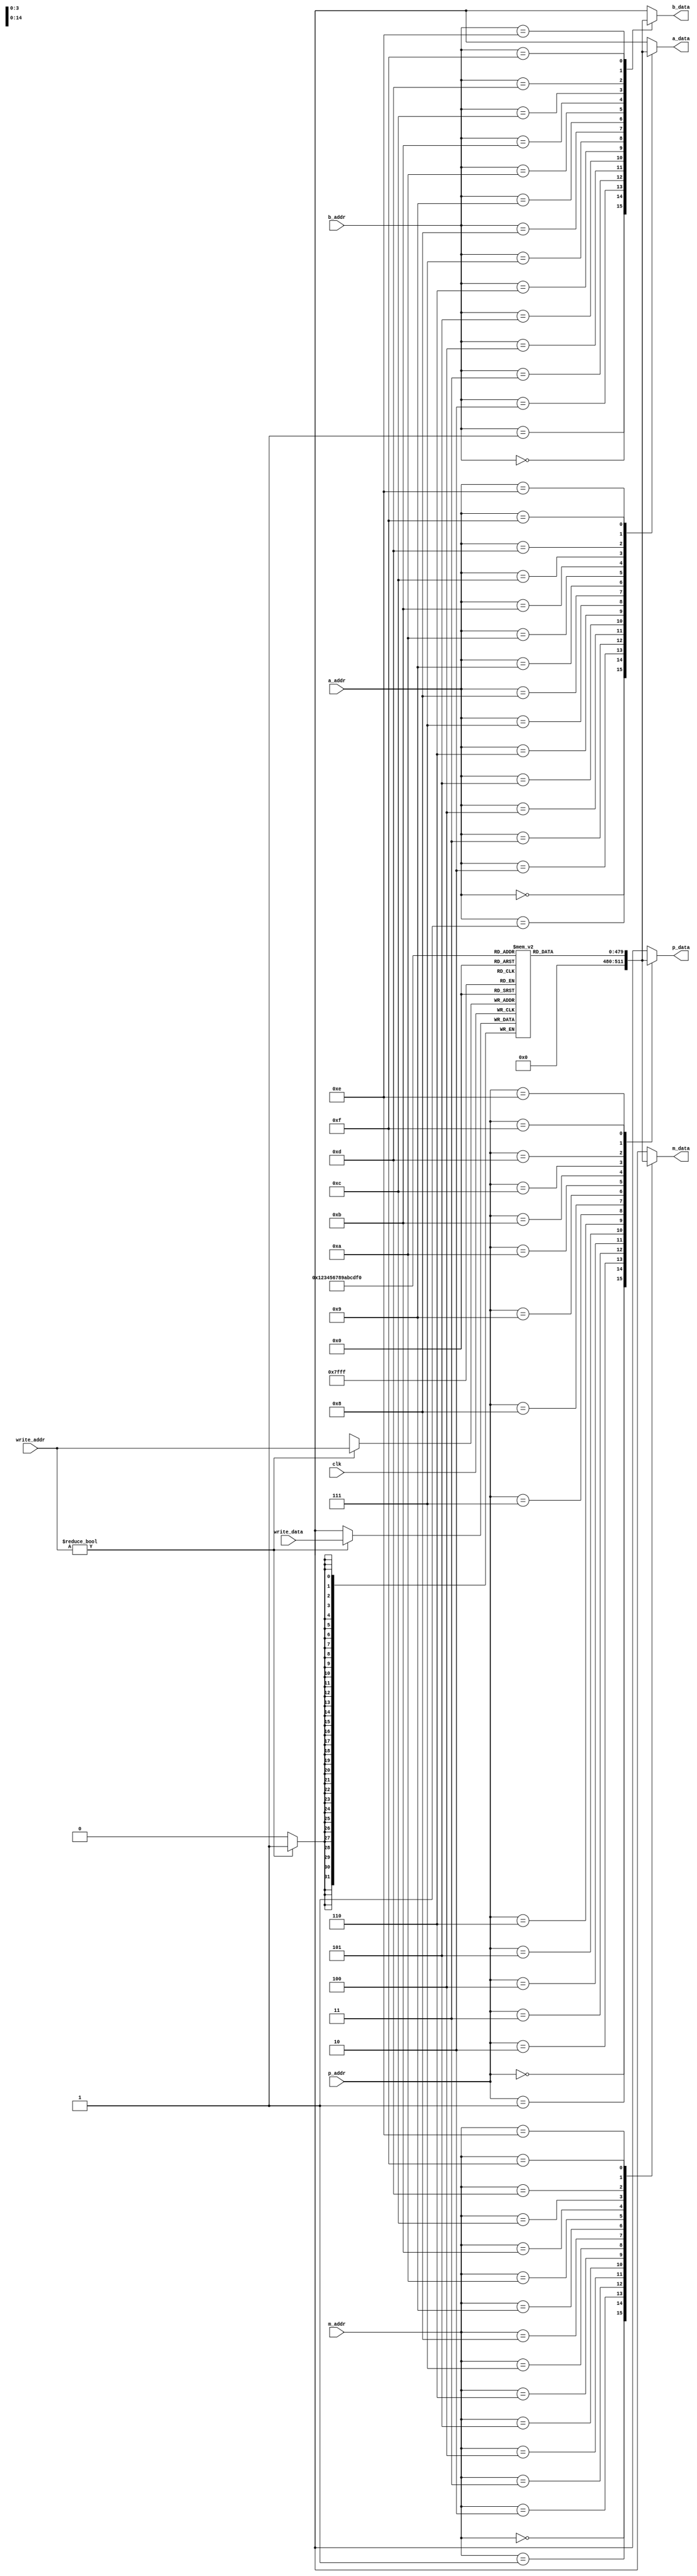
`timescale 1ns/1ps

module register_file(
        input clk,

        input [3:0] write_addr,
        input [31:0] write_data,

        // ALU A
        input [3:0] a_addr,
        output [31:0] a_data,

        // ALU B
        input [3:0] b_addr,
        output [31:0] b_data,

        // Mem write value
        input [3:0] m_addr,
        output [31:0] m_data,

        // Predicate value
        input [3:0] p_addr,
        output [31:0] p_data
    );

    wire [31:0] reg_outputs [15:0];
    reg [31:0] real_regs [15:1];

    genvar i;
    for(i = 1; i < 16; i = i + 1) assign reg_outputs[i] = real_regs[i];

    assign reg_outputs[0] = 32'h00000000;

    assign a_data = reg_outputs[a_addr];
    assign b_data = reg_outputs[b_addr];
    assign m_data = reg_outputs[m_addr];
    assign p_data = reg_outputs[p_addr];

    always @(posedge clk) if(write_addr != 4'b0) real_regs[write_addr] <= write_data;
endmodule